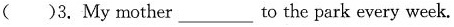
( )3.My mother ___ to the park every week.